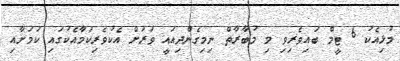
މުޅިއެކު 6 ޓީމް ބައިވެރިވި މި މުބާރާތް ނިމިގެންދިއައީ ވަރަށް އެކުވެރިކަމާއެކުގައި ކަމަށާއި